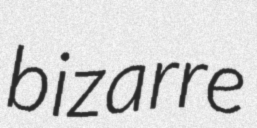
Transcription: bizarre